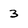
Character: 3